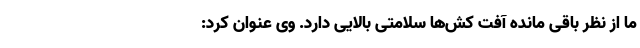
ما از نظر باقی مانده آفت کش‌ها سلامتی بالایی دارد. وی عنوان کرد: